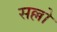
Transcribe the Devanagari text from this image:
सल्लो